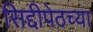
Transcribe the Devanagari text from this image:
सिद्दीपेठच्या